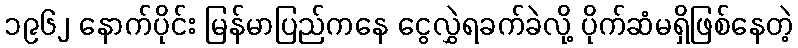
၁၉၆၂ နောက်ပိုင်း မြန်မာပြည်ကနေ ငွေလွှဲရခက်ခဲလို့ ပိုက်ဆံမရှိဖြစ်နေတဲ့